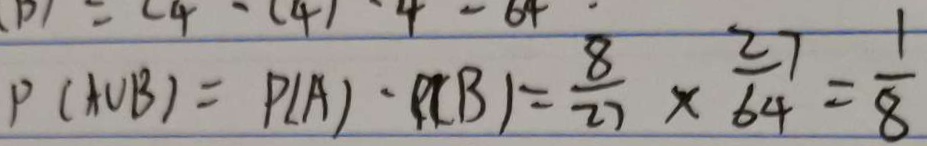
P ( A U B ) = P ( A ) \cdot P ( B ) = \frac { 8 } { 2 7 } \times \frac { 2 1 } { 6 4 } = \frac { 1 } { 8 }